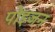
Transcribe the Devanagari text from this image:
पोइजन